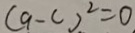
( 9 - c ) ^ { 2 } = 0